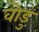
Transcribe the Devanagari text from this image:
वोडु